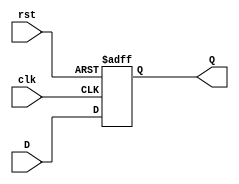
`timescale 1ns / 1ps

module flopr #(parameter WIDTH = 8)
(
               
   input  clk,
   input  rst,
   input  [WIDTH-1:0] D,
   output reg [WIDTH-1:0] Q
);
   always @(posedge clk or posedge rst) 
   begin
      if (rst) 
         Q <= 0;
      else 
         Q <= D;
   end
endmodule